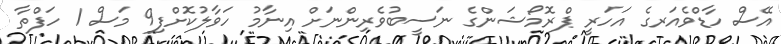
އޭސް ހާޑްވެއަރގެ އަހަރީ ޕްރޮމޯޝަންގެ ނަސީބުވެރިންނަށް އިނާމު ހަވާލުކޮށްފި9 މަސް 1 ހަފްތާ